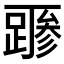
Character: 𲃻